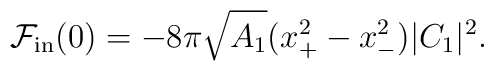
{\cal F}_{\rm in}(0) = - 8 \pi \sqrt{A_1} ( x_+^2 - x_-^2) | C_1 |^2 .